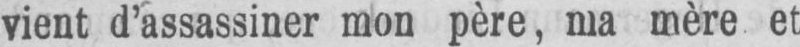
vient d’assassiner mon père, ma mère et